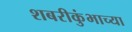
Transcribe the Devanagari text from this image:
शबरीकुंभाच्या